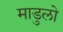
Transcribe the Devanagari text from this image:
माडुलो